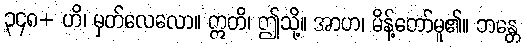
၃၄၈+ ဟိ၊ မှတ်လေလော။ ဣတိ၊ ဤသို့။ အာဟ၊ မိန့်တော်မူ၏။ ဘန္တေ